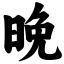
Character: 晚